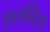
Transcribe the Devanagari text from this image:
एलविरा